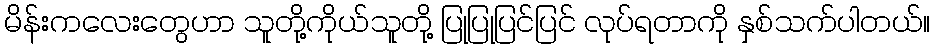
မိန်းကလေးတွေဟာ သူတို့ကိုယ်သူတို့ ပြုပြုပြင်ပြင် လုပ်ရတာကို နှစ်သက်ပါတယ်။